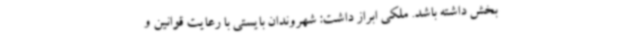
بخش داشته باشد. ملکی ابراز داشت: شهروندان بایستی با رعایت قوانین و